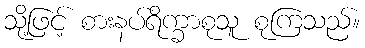
သို့ဖြင့် စားနပ်ရိက္ခာစုသူ စုကြသည်။